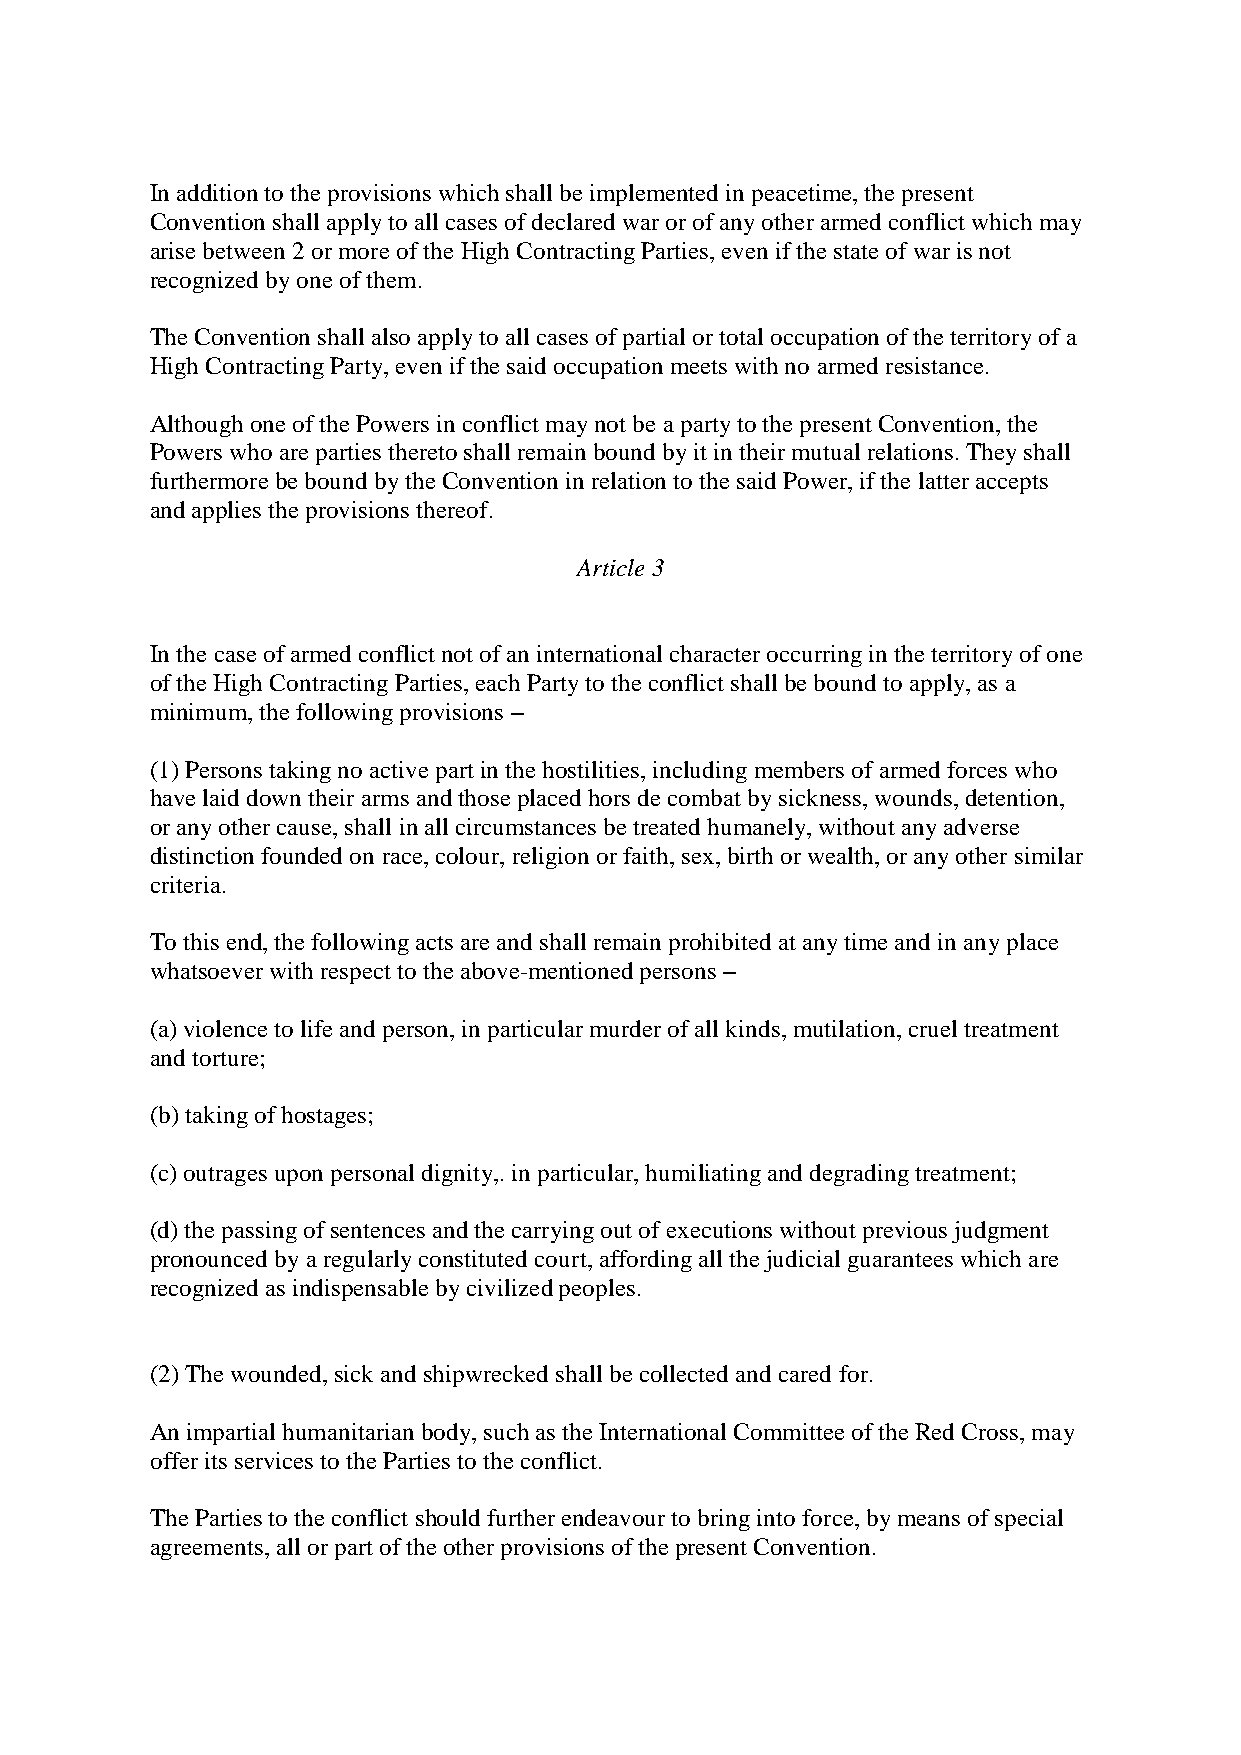
In addition to the provisions which shall be implemented in peacetime, the present
 Convention shall apply to all cases of declared war or of any other armed conflict which may
 arise between 2 or more of the High Contracting Parties, even if the state of war is not
 recognized by one of them.
 The Convention shall also apply to all cases of partial or total occupation of the territory of a
 High Contracting Party, even if the said occupation meets with no armed resistance.
 Although one of the Powers in conflict may not be a party to the present Convention, the
 Powers who are parties thereto shall remain bound by it in their mutual relations. They shall
 furthermore be bound by the Convention in relation to the said Power, if the latter accepts
 and applies the provisions thereof.
 Article 3
 In the case of armed conflict not of an international character occurring in the territory of one
 of the High Contracting Parties, each Party to the conflict shall be bound to apply, as a
 minimum, the following provisions –
 (1) Persons taking no active part in the hostilities, including members of armed forces who
 have laid down their arms and those placed hors de combat by sickness, wounds, detention,
 or any other cause, shall in all circumstances be treated humanely, without any adverse
 distinction founded on race, colour, religion or faith, sex, birth or wealth, or any other similar
 criteria.
 To this end, the following acts are and shall remain prohibited at any time and in any place
 whatsoever with respect to the above-mentioned persons –
 (a) violence to life and person, in particular murder of all kinds, mutilation, cruel treatment
 and torture;
 (b) taking of hostages;
 (c) outrages upon personal dignity,. in particular, humiliating and degrading treatment;
 (d) the passing of sentences and the carrying out of executions without previous judgment
 pronounced by a regularly constituted court, affording all the judicial guarantees which are
 recognized as indispensable by civilized peoples.
 (2) The wounded, sick and shipwrecked shall be collected and cared for.
 An impartial humanitarian body, such as the International Committee of the Red Cross, may
 offer its services to the Parties to the conflict.
 The Parties to the conflict should further endeavour to bring into force, by means of special
 agreements, all or part of the other provisions of the present Convention.